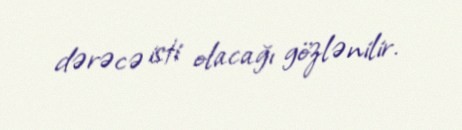
dərəcə isti olacağı gözlənilir.